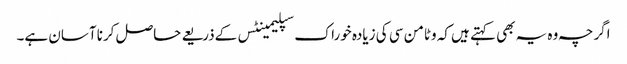
اگرچہ وہ یہ بھی کہتے ہیں کہ وٹامن سی کی زیادہ خوراک سپلیمینٹس کے‌ذریعے حاصل کرنا آسان ہے۔